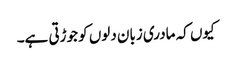
کیوں کہ مادری زبان دلوں کو جوڑتی ہے۔